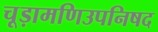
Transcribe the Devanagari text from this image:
चूड़ामणिउपनिषद